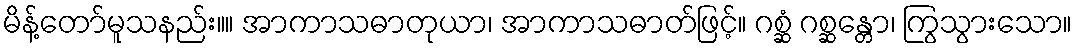
မိန့်တော်မူသနည်း။။ အာကာသဓာတုယာ၊ အာကာသဓာတ်ဖြင့်။ ဂစ္ဆံ ဂစ္ဆန္တော၊ ကြွသွားသော။